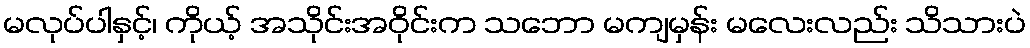
မလုပ်ပါနှင့်၊ ကိုယ့် အသိုင်းအဝိုင်းက သဘော မကျမှန်း မလေးလည်း သိသားပဲ